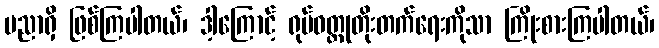
ပညာရှိ ဖြစ်ကြပါတယ်၊ ဒါ့ကြောင့် ရုပ်ဝတ္ထုတိုးတက်ရေးကိုသာ ကြိုးစားကြပါတယ်၊